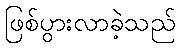
ဖြစ်ပွားလာခဲ့သည်